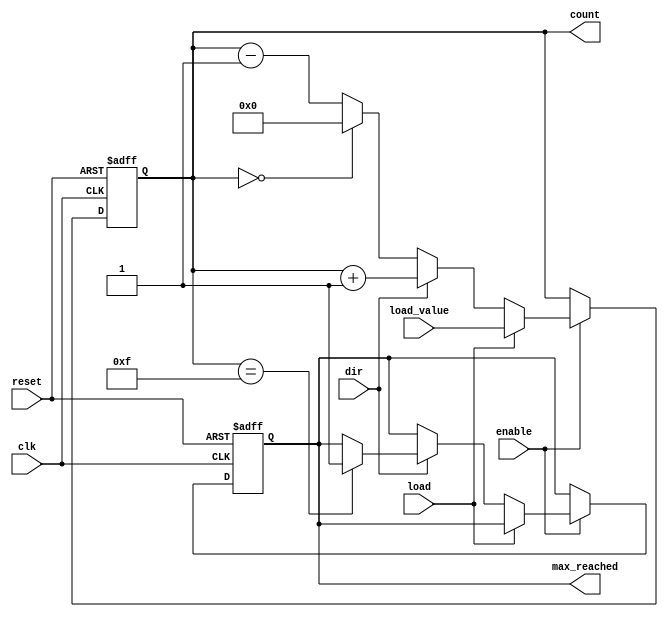
module synchronous_counter (
    input wire clk,           // Clock signal
    input wire reset,         // Asynchronous reset signal
    input wire enable,        // Enable signal for counting
    input wire load,          // Load signal to load a specific value
    input wire [3:0] load_value, // Value to load into counter
    input wire dir,           // Direction control (1 for up, 0 for down)
    output reg [3:0] count,   // 4-bit count output
    output reg max_reached    // Indicates if maximum count is reached
);

// Define maximum count value for 4 bits
localparam MAX_COUNT = 4'b1111;

// Always block triggered on clock edges
always @(posedge clk or posedge reset) begin
    if (reset) begin
        // Asynchronous reset: clear the counter
        count <= 4'b0000;
        max_reached <= 1'b0;
    end else if (enable) begin
        if (load) begin
            // Load the count with the predefined load value
            count <= load_value;
        end else begin
            // Count up or down based on direction control
            if (dir) begin
                // Count up
                if (count == MAX_COUNT) begin
                    max_reached <= 1'b1; // Set max_reached if reaching MAX_COUNT
                end
                count <= count + 1;
            end else begin
                // Count down
                if (count == 4'b0000) begin
                    count <= 4'b0000; // Stay at zero if already at zero
                end else begin
                    count <= count - 1; // Count down
                end
            end
        end
    end
end

endmodule